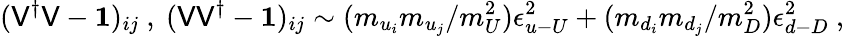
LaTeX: (\mathsf{V}^{\dagger}\mathsf{V}-{\mathbf{1}})_{ij}~,~(\mathsf{V}\mathsf{V}^{\dagger}-{\mathbf{1}})_{ij}\sim(m_{u_{i}}m_{u_{j}}/m_{U}^{2})\epsilon_{u{\mathrm{{-}}}U}^{2}+(m_{d_{i}}m_{d_{j}}/m_{D}^{2})\epsilon_{d{\mathrm{{-}}}D}^{2}~,